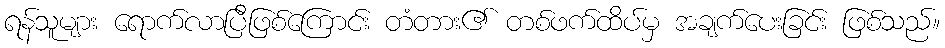
ရန်သူများ ရောက်လာပြီဖြစ်ကြောင်း တံတား၏ တစ်ဖက်ထိပ်မှ အချက်ပေးခြင်း ဖြစ်သည်။